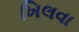
ખિલવા